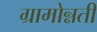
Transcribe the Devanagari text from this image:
ग्रामोन्नती